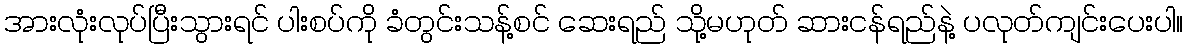
အားလုံးလုပ်ပြီးသွားရင် ပါးစပ်ကို ခံတွင်းသန့်စင် ဆေးရည် သို့မဟုတ် ဆားငန်ရည်နဲ့ ပလုတ်ကျင်းပေးပါ။